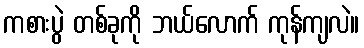
ကစားပွဲ တစ်ခုကို ဘယ်လောက် ကုန်ကျလဲ။